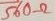
Text: 560Ω